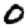
Digit: 0